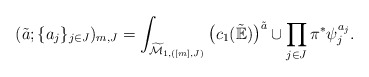
\begin{align*}(\tilde{a};\{a_j\}_{j\in J})_{m,J}=\int_{\widetilde{\mathcal{M}}_{1,([m],J)}}\big(c_1(\tilde{\mathbb{E}})\big)^{\tilde{a}}\cup \prod_{j\in J}\pi^* \psi_j^{a_j}.\end{align*}